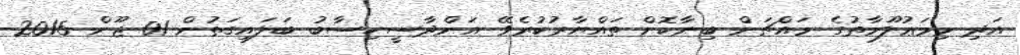
އަދި މިމަޢުލޫމާތުގެ މައްޗަށް ބިނާކޮށް ތައްޔާރުކުރެވޭ އަންދާސީހިސާބު ބަލައިގަތުން 01 ޖޫން 2015